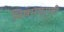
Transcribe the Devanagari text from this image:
विषमपर्णी